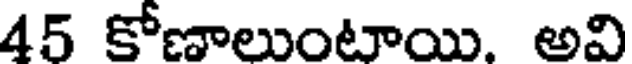
45 కోణాలుంటాయి. అవి